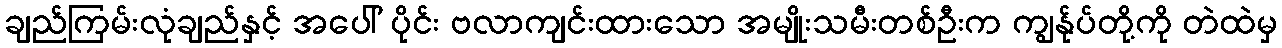
ချည်ကြမ်းလုံချည်နှင့် အပေါ် ပိုင်း ဗလာကျင်းထားသော အမျိုးသမီးတစ်ဦးက ကျွန်ုပ်တို့ကို တဲထဲမှ